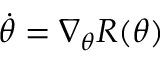
\dot { \theta } = \nabla _ { \theta } R ( \theta )